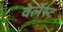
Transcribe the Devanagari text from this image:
वेर्लेस्ट